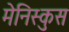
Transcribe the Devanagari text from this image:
मेनिस्कुस